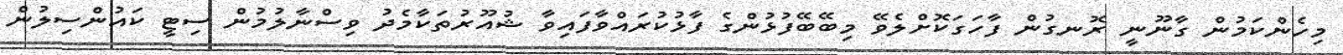
މިހެންކަމުން ގާނޫނީ ރޮނގުން ފާހަގަކޮށްލެވޭ މިބޭބޭފުޅުންގެ ފާޅުކުރައްވާފައިވާ ޝުއޫރުތަކާމެދު ވިސްނާލުމުން ސިޓީ ކައުންސިލުން